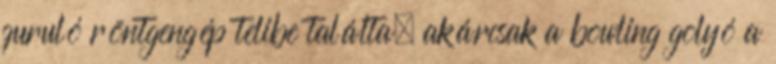
guruló röntgengép telibe találta, akárcsak a bowling golyó a